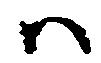
ハ